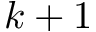
k + 1